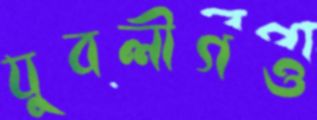
যুবলীগও